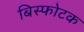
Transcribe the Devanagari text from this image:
बिस्फोटक